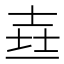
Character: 𰋉